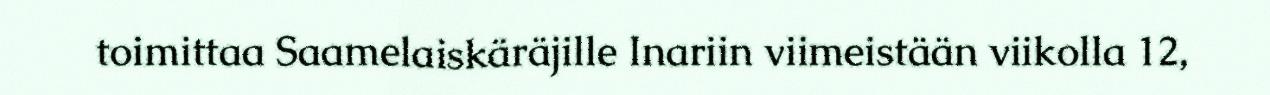
toimittaa Saamelaiskäräjille Inariin viimeistään viikolla 12,